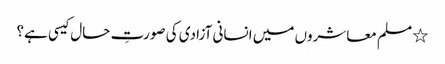
٭ مسلم معاشروں میں انسانی آزادی کی صورتِ حال کیسی ہے؟